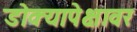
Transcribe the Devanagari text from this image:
डोक्यापेक्षावर